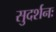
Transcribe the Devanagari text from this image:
सुदर्शनः